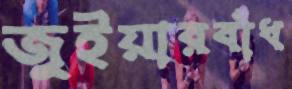
জুইয়ারবাঁধ